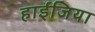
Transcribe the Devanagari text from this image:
हाईजिया